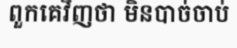
ពួកគេវិញថា មិនបាច់ចាប់